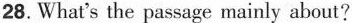
28. What's the passage mainly about?